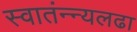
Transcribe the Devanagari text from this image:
स्वातंन्न्यलढा